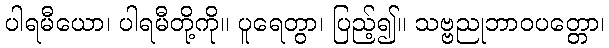
ပါရမီယော၊ ပါရမီတို့ကို။ ပူရေတွာ၊ ပြည့်၍။ သဗ္ဗညုဘာဝပတ္တော၊